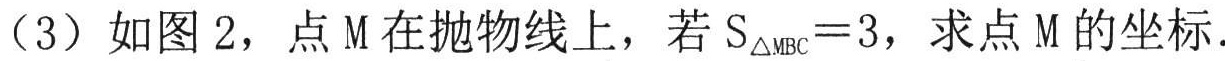
（3）如图2，点M在抛物线上，若\(S_{\triangle MBC}=3\)，求点M的坐标.